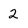
Character: 2